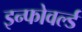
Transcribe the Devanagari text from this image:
इन्फोवर्ल्ड